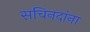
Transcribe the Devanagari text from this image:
सचिनदांना